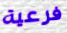
فرعية